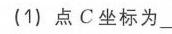
(1) 点 \(C\) 坐标为\_